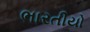
ભારતીયો